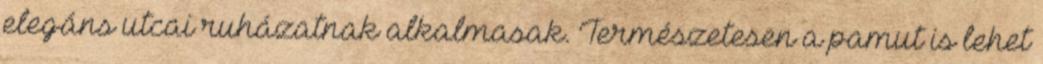
elegáns utcai ruházatnak alkalmasak. Természetesen a pamut is lehet